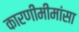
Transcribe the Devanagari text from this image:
कारणीमीमांसा